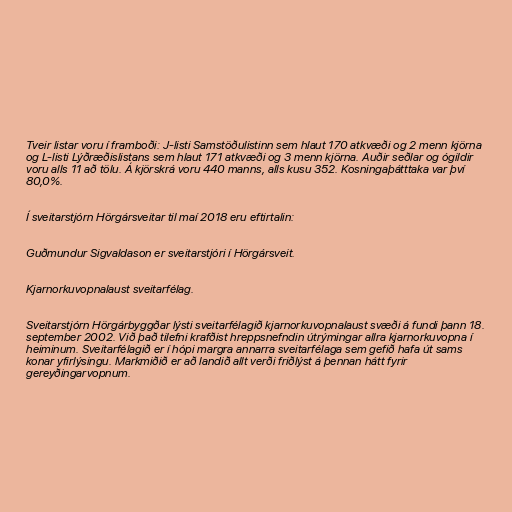
Tveir listar voru í framboði: J-listi Samstöðulistinn sem hlaut 170 atkvæði og 2 menn kjörna
og L-listi Lýðræðislistans sem hlaut 171 atkvæði og 3 menn kjörna. Auðir seðlar og ógildir
voru alls 11 að tölu. Á kjörskrá voru 440 manns, alls kusu 352. Kosningaþátttaka var því
80,0%.

Í sveitarstjórn Hörgársveitar til maí 2018 eru eftirtalin:

Guðmundur Sigvaldason er sveitarstjóri í Hörgársveit.

Kjarnorkuvopnalaust sveitarfélag.

Sveitarstjórn Hörgárbyggðar lýsti sveitarfélagið kjarnorkuvopnalaust svæði á fundi þann 18.
september 2002. Við það tilefni krafðist hreppsnefndin útrýmingar allra kjarnorkuvopna í
heiminum. Sveitarfélagið er í hópi margra annarra sveitarfélaga sem gefið hafa út sams
konar yfirlýsingu. Markmiðið er að landið allt verði friðlýst á þennan hátt fyrir
gereyðingarvopnum.